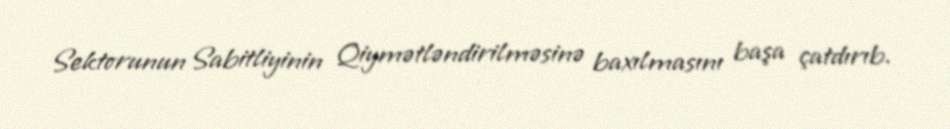
Sektorunun Sabitliyinin Qiymətləndirilməsinə baxılmasını başa çatdırıb.